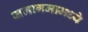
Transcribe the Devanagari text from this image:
समागमामध्ये